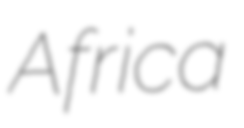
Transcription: Africa